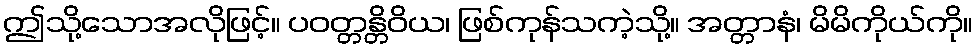
ဤသို့သောအလိုဖြင့်။ ပဝတ္တန္တိဝိယ၊ ဖြစ်ကုန်သကဲ့သို့။ အတ္တာနံ၊ မိမိကိုယ်ကို။